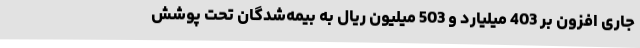
جاری افزون بر 403 میلیارد و 503 میلیون ریال به بیمه‌شدگان تحت پوشش